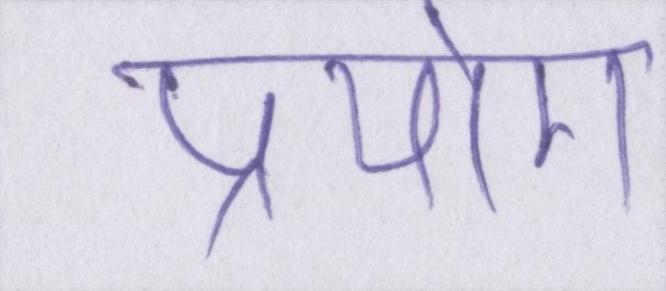
प्रयोग